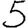
Digit: 5